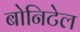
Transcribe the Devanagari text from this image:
बोनिटेल